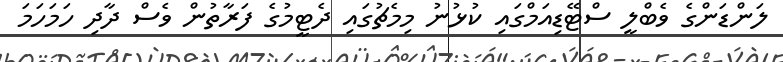
ލަންޑަންގެ ވެބްލީ ސްޓޭޑިއަމްގައި ކުޅުނު މިމެޗުގައި ދެޓީމުގެ ފަރާތުން ވެސް ދާދި ހަމަހަމަ